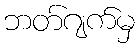
ဘတ်ဂျက်မှ